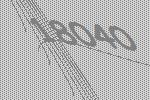
18040